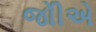
જોીએ